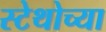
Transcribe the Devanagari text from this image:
स्टेथोच्या